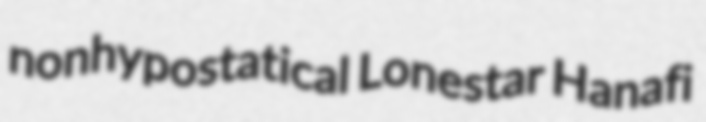
nonhypostatical Lonestar Hanafi